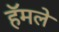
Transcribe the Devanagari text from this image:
हॅमले